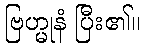
ဗြဟ္မုနံ ပြီး၏။